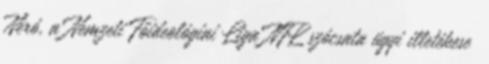
Néró, a Nemzeti Főideológiai Liga NFL szócsata ügyi illetékese